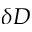
\delta D